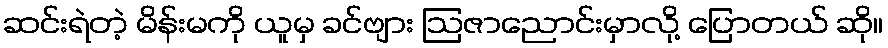
ဆင်းရဲတဲ့ မိန်းမကို ယူမှ ခင်ဗျား ဩဇာညောင်းမှာလို့ ပြောတယ် ဆို။